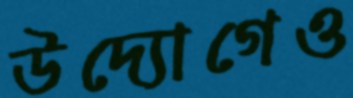
উদ্যোগেও